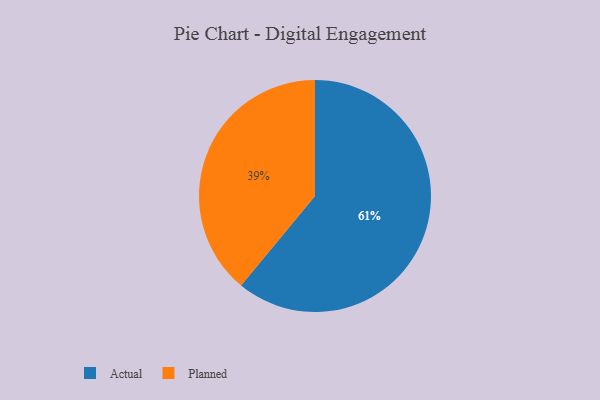
{"axis": {"x": "Category", "y": "Percentage"}, "legend": ["Actual", "Planned"], "data": [{"x": "Actual", "y": 61, "type": "Actual"}, {"x": "Planned", "y": 39, "type": "Planned"}]}